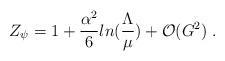
LaTeX: \begin{align*}Z_\psi = 1 + \frac{\alpha^2}{6}ln(\frac{\Lambda}{\mu}) +{\cal O}(G^2)\;.\end{align*}